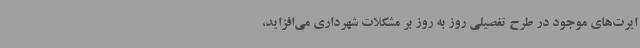
ایرت‌های موجود در طرح تفصیلی روز به‌ روز بر مشکلات شهرداری می‌افزاید،